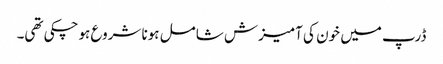
ڈرپ میں خون کی آمیزش شامل ہونا شروع ہوچکی تھی۔